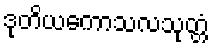
ဒုတိယကောသလသုတ္တံ